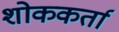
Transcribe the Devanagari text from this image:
शोककर्ता